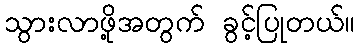
သွားလာဖို့အတွက် ခွင့်ပြုတယ်။